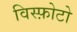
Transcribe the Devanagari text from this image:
विस्फ़ोटो